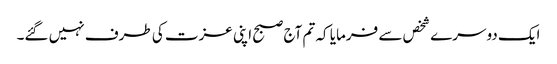
ایک دوسرے شخص سے فرمایا کہ تم آج صبح اپنی عزت کی طرف نہیں گئے۔